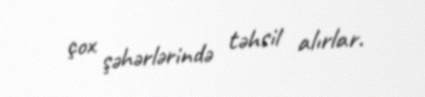
çox şəhərlərində təhsil alırlar.